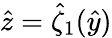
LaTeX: \hat{z}=\hat{\zeta}_{1}(\hat{y})